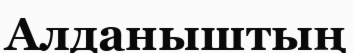
Алданыштың